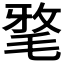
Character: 𣮖